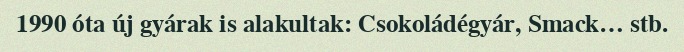
1990 óta új gyárak is alakultak: Csokoládégyár, Smack… stb.